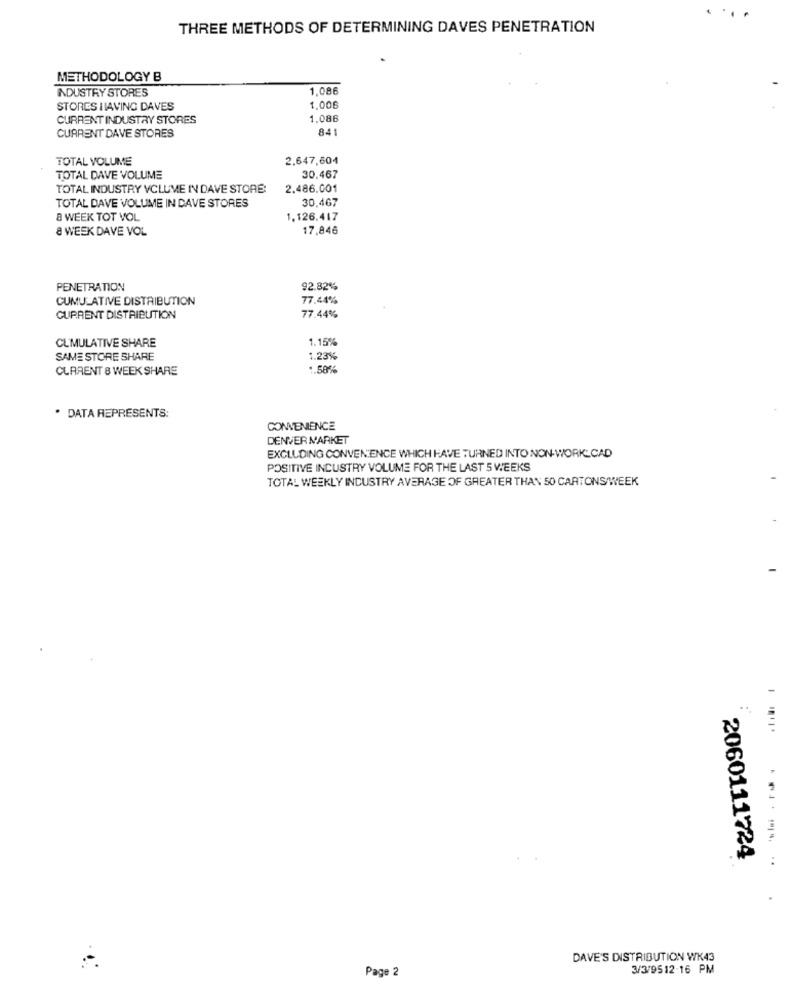
THREE METHODS OF DETERMINING DAVES PENETRATION
METHODOLOGY B
1,086
INDUSTRY STORES
STORES HAVING DAVES
1.006
CURRENT INDUSTRY STORES
1.086
841
CURRENT DAVE STORES
TOTAL VOLUME
2.647,604
30.467
TOTAL DAVE VOLUME
TOTAL INDUSTRY VCLUME IN DAVE STORE:
2.486.001
30,467
TOTAL DAVE VOLUME IN DAVE STORES
8 WEEK TOT VOL
1.126.417
& WEEK DAVE VOL
17,846
PENETRATION
92.82%
CUMULATIVE DISTRIBUTION
77.44%
CURRENT DISTRIBUTION
77.44%
1.15%
CUMULATIVE SHARE
SAME STORE SHARE
1.23%
CLARENT & WEEK SHARE
1.58%
. DATA REPRESENTS:
CONVENIENCE
DENVER MARKET
EXCLUDING CONVENIENCE WHICH HAVE TURNED INTO NON-WORK-CAD
POSITIVE INDUSTRY VOLUME FOR THE LAST 5 WEEKS
TOTAL WEEKLY INDUSTRY AVERAGE OF GREATER THAN 50 CARTONS/WEEK
-
2060111724
DAVE'S DISTRIBUTION WK43
Page 2
3/3/9512-16 PM